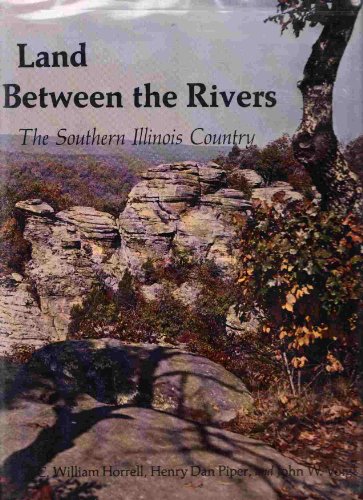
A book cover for Land Between the Rivers: The Southern Illinois Country (Southern Illinois University centennial publications); C. William Horrell; Travel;